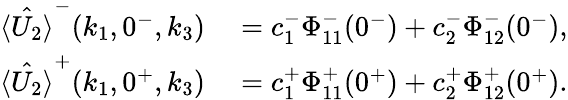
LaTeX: \begin{array}{rl}{\hat{\langle U_{2}\rangle}^{-}(k_{1},0^{-},k_{3})}&{{}=c_{1}^{-}\Phi_{11}^{-}(0^{-})+c_{2}^{-}\Phi_{12}^{-}(0^{-}),}\\ {\hat{\langle U_{2}\rangle}^{+}(k_{1},0^{+},k_{3})}&{{}=c_{1}^{+}\Phi_{11}^{+}(0^{+})+c_{2}^{+}\Phi_{12}^{+}(0^{+}).}\end{array}